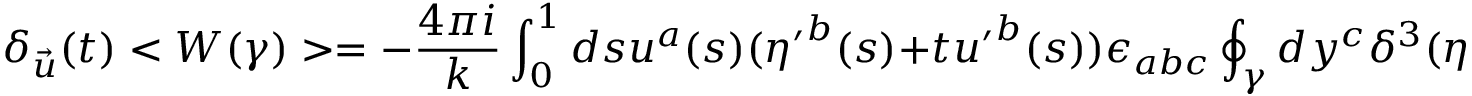
\delta _ { \vec { u } } ( t ) < W ( \gamma ) > = - { \frac { 4 \pi i } { k } } \int _ { 0 } ^ { 1 } d s u ^ { a } ( s ) ( { \eta ^ { \prime } } ^ { b } ( s ) + t { u ^ { \prime } } ^ { b } ( s ) ) \epsilon _ { a b c } \oint _ { \gamma } d y ^ { c } \delta ^ { 3 } ( \eta ( s , t ) - y ) \left< \mathrm { T r } \left( \tau ^ { l } H ( \eta ( t ) _ { x } ^ { o } ) H ( \gamma _ { o } ^ { y } ) \tau ^ { l } H ( \gamma _ { y } ^ { o } ) H ( \eta ( t ) _ { o } ^ { x } ) \right) \right> .